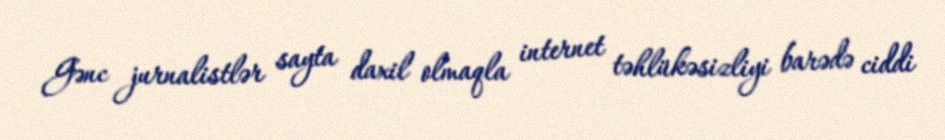
Gənc jurnalistlər sayta daxil olmaqla internet təhlükəsizliyi barədə ciddi